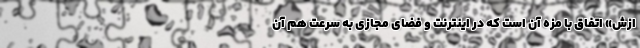
ازش» اتفاق با مزه آن است که در اینترنت و فضای مجازی به سرعت هم آن